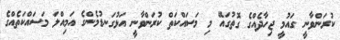
ކުރަންވާނީ ގައުމީ ޖިހާދެއްގެ ގޮތުގައޭ މި މަސައްކަތް ކުރަންވާނީ އަޅުގަނޑުމެންގެ އަމިއްލަ މަސައްކަތެއްގެ